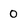
Character: 0